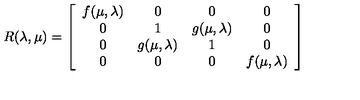
R ( \lambda , \mu ) = \left[ \begin{array} { c c c c } { f ( \mu , \lambda ) } & { 0 } & { 0 } & { 0 } \\ { 0 } & { 1 } & { g ( \mu , \lambda ) } & { 0 } \\ { 0 } & { g ( \mu , \lambda ) } & { 1 } & { 0 } \\ { 0 } & { 0 } & { 0 } & { f ( \mu , \lambda ) } \\ \end{array} \right]